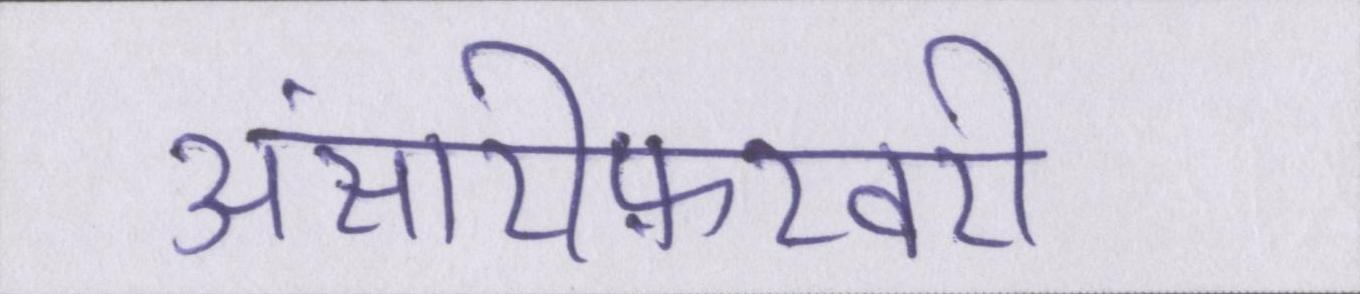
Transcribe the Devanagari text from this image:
अंसारीफ़रवरी